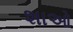
શાઓ